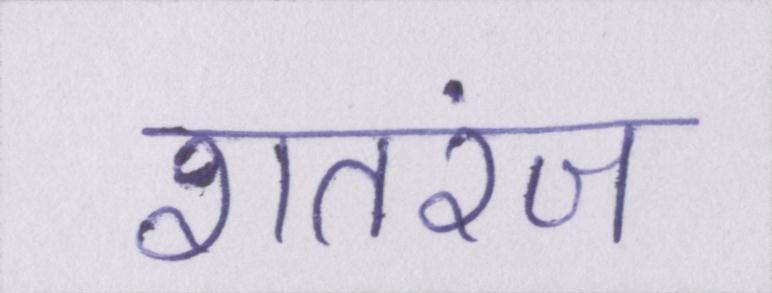
शतरंज